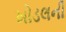
ખોડલની